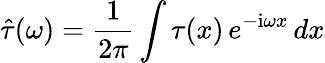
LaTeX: \hat{\tau}(\omega)=\frac{1}{2\pi}\int\tau(x)\, e^{-\mathrm{i}\omega x}\, dx